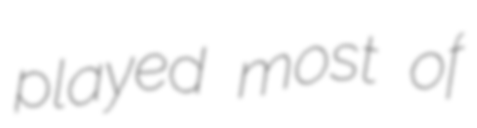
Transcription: played most of